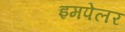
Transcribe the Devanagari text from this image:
इमपेलर